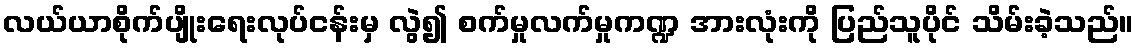
လယ်ယာစိုက်ပျိုးရေးလုပ်ငန်းမှ လွဲ၍ စက်မှုလက်မှုကဏ္ဍ အားလုံးကို ပြည်သူပိုင် သိမ်းခဲ့သည်။